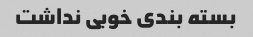
بسته بندی خوبی نداشت